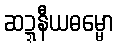
ဆဍ္ဍနီယဓမ္မော